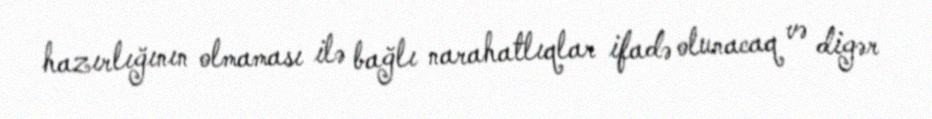
hazırlığının olmaması ilə bağlı narahatlıqlar ifadə olunacaq və digər